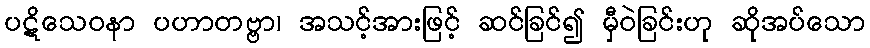
ပဋိသေဝနာ ပဟာတဗ္ဗာ၊ အသင့်အားဖြင့် ဆင်ခြင်၍ မှီဝဲခြင်းဟု ဆိုအပ်သော